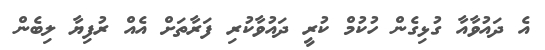
އެ ދައުވާއާ ގުޅިގެން ހުކުމް ކުރީ ދައުވާކުރި ފަރާތަށް އެއް ރުފިޔާ ލިބެން